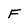
Character: F